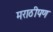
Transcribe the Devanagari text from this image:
मराठीपण